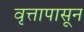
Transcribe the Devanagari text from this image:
वृत्तापासून